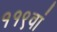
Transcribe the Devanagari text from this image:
११९वां